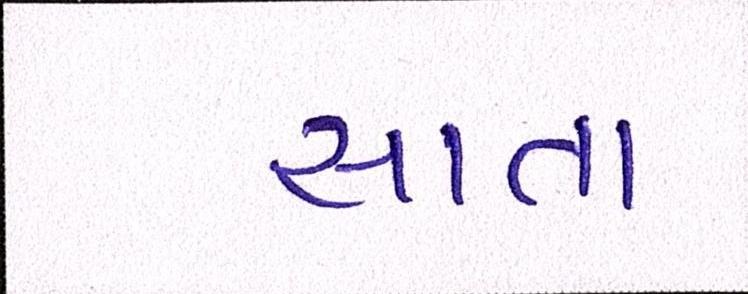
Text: સાતા